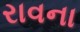
રાવના